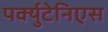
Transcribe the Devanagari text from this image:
पर्क्युटेनिएस